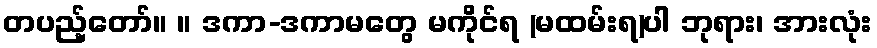
တပည့်တော်။ ။ ဒကာ-ဒကာမတွေ မကိုင်ရ (မထမ်းရ)ပါ ဘုရား၊ အားလုံး